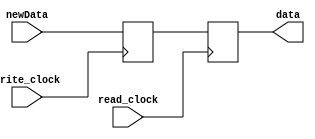
module TOP
#(parameter DATA_WIDTH=16)
(
	input [DATA_WIDTH-1:0] newData,
	input write_clock,
	input read_clock,
	output reg [DATA_WIDTH-1:0] data
);
	
	reg [DATA_WIDTH-1:0] TOP;
	
	always @(posedge write_clock)
		begin
			TOP <= newData;
		end 
	
	always @(posedge read_clock)
		begin
			data <= TOP;
		end 
endmodule